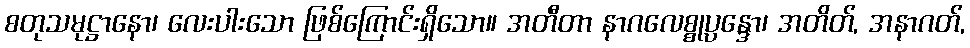
စတုသမုဋ္ဌာနော၊ လေးပါးသော ဖြစ်ကြောင်းရှိသော။ အတီတာ နာဂလေစ္စုပ္ပန္ဒော၊ အတိတ်, အနာဂတ်,